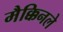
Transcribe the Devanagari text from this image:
मैक्किनले